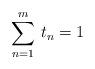
LaTeX: \begin{align*} \sum_{n=1}^m\, t_n = 1\end{align*}